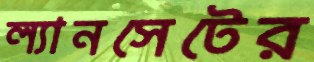
ল্যানসেটের